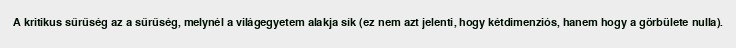
A kritikus sűrűség az a sűrűség, melynél a világegyetem alakja sík (ez nem azt jelenti, hogy kétdimenziós, hanem hogy a görbülete nulla).